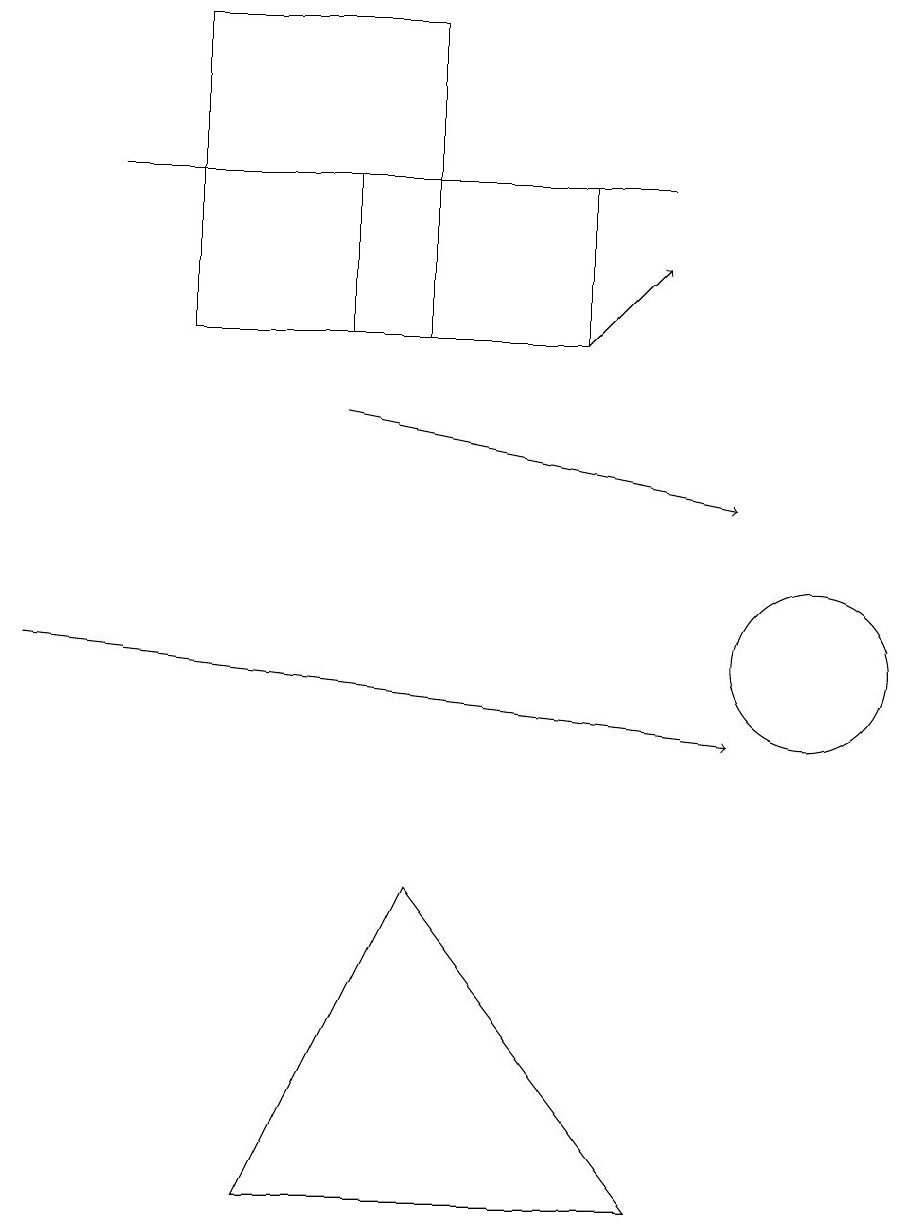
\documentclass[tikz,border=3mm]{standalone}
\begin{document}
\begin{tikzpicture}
\draw (8,4) -- (5,8) -- (3,4) -- cycle;
\draw[->] (0,11) -- (9,10);
\draw (8,17) rectangle (1,17);
\draw (10,11) circle (1);
\draw[->] (4,14) -- (9,13);
\draw (2,19) rectangle (5,15);
\draw (4,17) rectangle (7,15);
\draw[->] (7,15) -- (8,16);
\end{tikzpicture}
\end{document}